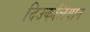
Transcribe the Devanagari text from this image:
दिउकलियान